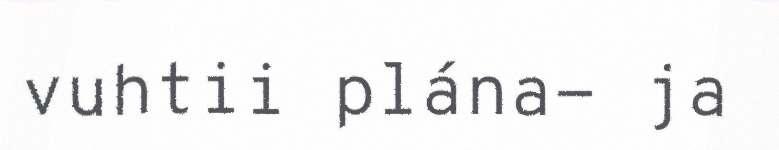
vuhtii plána- ja